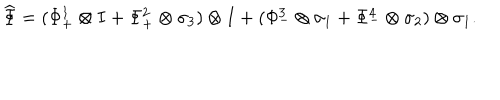
\widehat { \Phi } = ( \Phi _ { + } ^ { 1 } \otimes I + \Phi _ { + } ^ { 2 } \otimes \sigma _ { 3 } ) \otimes I + ( \Phi _ { - } ^ { 3 } \otimes \sigma _ { 1 } + \Phi _ { - } ^ { 4 } \otimes \sigma _ { 2 } ) \otimes \sigma _ { 1 } .